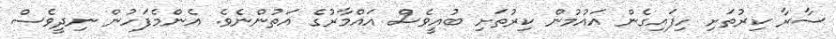
ސާރާ ކިރުތަށި ހިފައިގެން އައުމުން ކިރުތަށި ބުއީވެސް އައްމާރުގެ އަތުންނެވެ. އެންމެފަހުން ނިދީވެސް